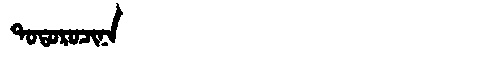
Manchu: ᡨᠣᡨᠣᡵᠣᠴᡳᠨᠠ
Romanization: TOTOROCINA